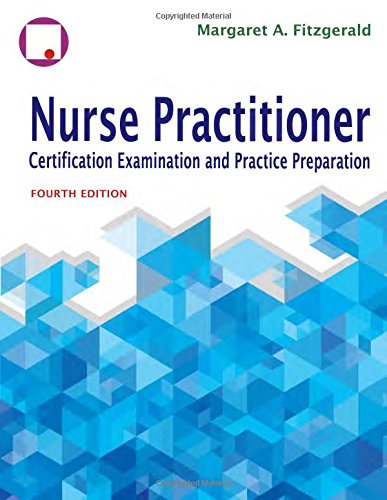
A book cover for Nurse Practitioner Certification Examination And Practice Preparation; Dr. Margaret A. Fitzgerald FNP-BC  NP-C  FAANP  CSP; Test Preparation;